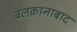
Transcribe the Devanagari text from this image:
बलक़ानाबाद